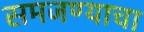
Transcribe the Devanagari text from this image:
समजण्याचा